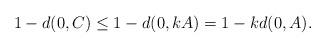
LaTeX: \begin{align*}1-d(0,C)\leq 1-d(0,kA)=1-kd(0,A).\end{align*}